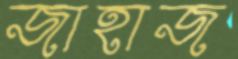
জাহাজ